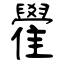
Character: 雤